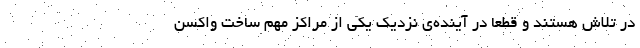
در تلاش هستند و قطعا در آینده‌ی نزدیک یکی از مراکز مهم ساخت واکسن